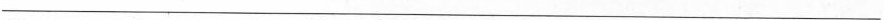
___